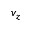
v _ { z }